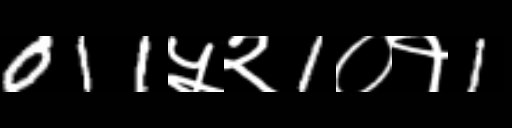
Text: 011५२1०१1